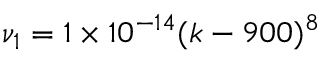
\nu _ { 1 } = 1 \times 1 0 ^ { - 1 4 } ( k - 9 0 0 ) ^ { 8 }